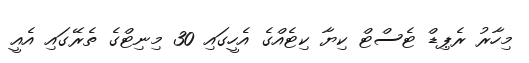
މިހާރު ރެޕިޑް ޓެސްޓް ކިޔާ ކިޓެއްގެ އެހީގައި 30 މިނިޓްގެ ތެރޭގައި އެއީ